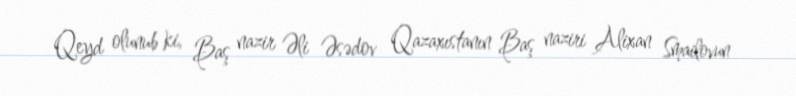
Qeyd olunub ki, Baş nazir Əli Əsədov Qazaxıstanın Baş naziri Alixan Smailovun